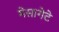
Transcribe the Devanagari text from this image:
मेसागेटे